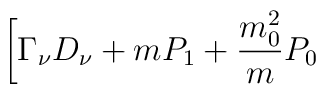
\biggl [ \Gamma _\nu D _\nu +mP_1+\frac{m_0^2}{m}P_0